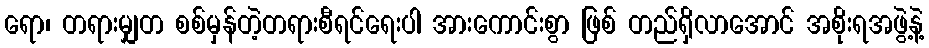
ရော၊ တရားမျှတ စစ်မှန်တဲ့တရားစီရင်ရေးပါ အားကောင်းစွာ ဖြစ် တည်ရှိလာအောင် အစိုးရအဖွဲ့နဲ့